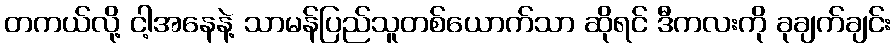
တကယ်လို့ ငါ့အနေနဲ့ သာမန်ပြည်သူတစ်ယောက်သာ ဆိုရင် ဒီကလးကို ခုချက်ချင်း